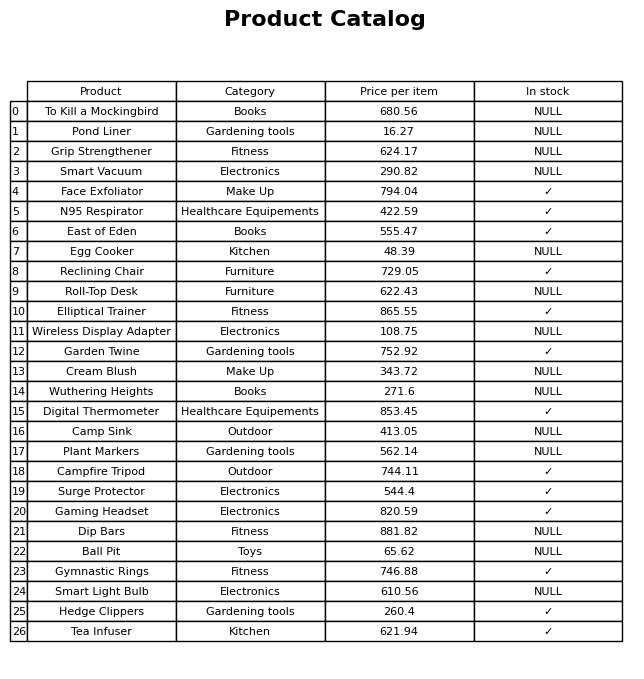
question: What is the price of the Surge Protector?
answer: The price of Surge Protector is 544.4.